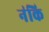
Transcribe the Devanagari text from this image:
न॑कि